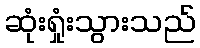
ဆုံးရှုံးသွားသည်